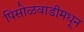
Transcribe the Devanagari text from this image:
पिसोळवाडीमधून